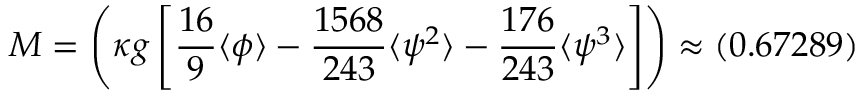
M = \left( \kappa g \left[ \frac { 1 6 } { 9 } \langle \phi \rangle - \frac { 1 5 6 8 } { 2 4 3 } \langle \psi ^ { 2 } \rangle - \frac { 1 7 6 } { 2 4 3 } \langle \psi ^ { 3 } \rangle \right] \right) \approx ( 0 . 6 7 2 8 9 )